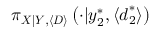
\pi _ { \boldsymbol { X } | \boldsymbol { Y } , \langle \boldsymbol { D } \rangle } \left( \cdot | \boldsymbol { y } _ { 2 } ^ { * } , \langle \boldsymbol { d } _ { 2 } ^ { * } \rangle \right)